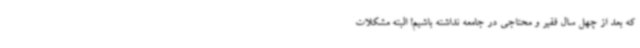
که بعد از چهل سال فقیر و محتاجی در جامعه نداشته باشیم! البته مشکلات